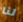
لنا